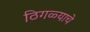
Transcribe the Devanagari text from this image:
ठिगळ्याचे